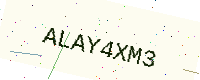
Text: ALAY4XM3